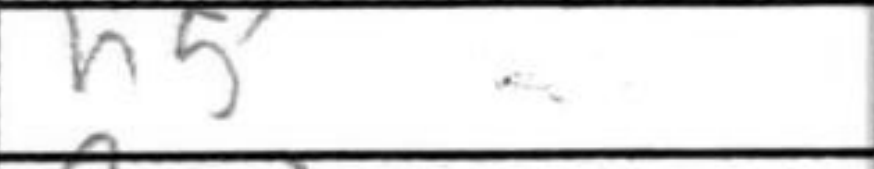
Transcription: h5